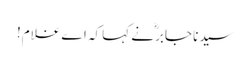
سیدنا جابرؓ نے کہا کہ اے غلام!